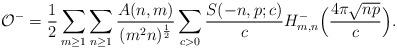
LaTeX: \begin{align*}\mathcal{O}^- = \frac{1}{2} \sum_{m \geq 1} \sum_{n \geq 1} \frac{A(n, m)}{(m^2 n)^{\frac{1}{2}}} \sum_{c > 0} \frac{S(-n, p; c)}{c} H_{m, n}^- \Bigl ( \frac{4 \pi \sqrt{n p}}{c} \Bigr ).\end{align*}